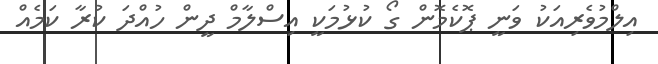
އިލްމުވެރިއަކު ވަނީ ޕޮކެމޮން ގޯ ކުޅުމަކީ އިސްލާމް ދީން ހުއްދަ ކުރާ ކަމެއް